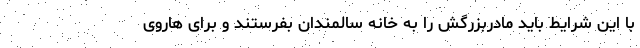
با این شرایط باید مادربزرگش را به خانه سالمندان بفرستند و برای هاروی